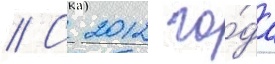
// С 2012 го́да